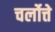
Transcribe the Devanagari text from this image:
चर्लोत्ते